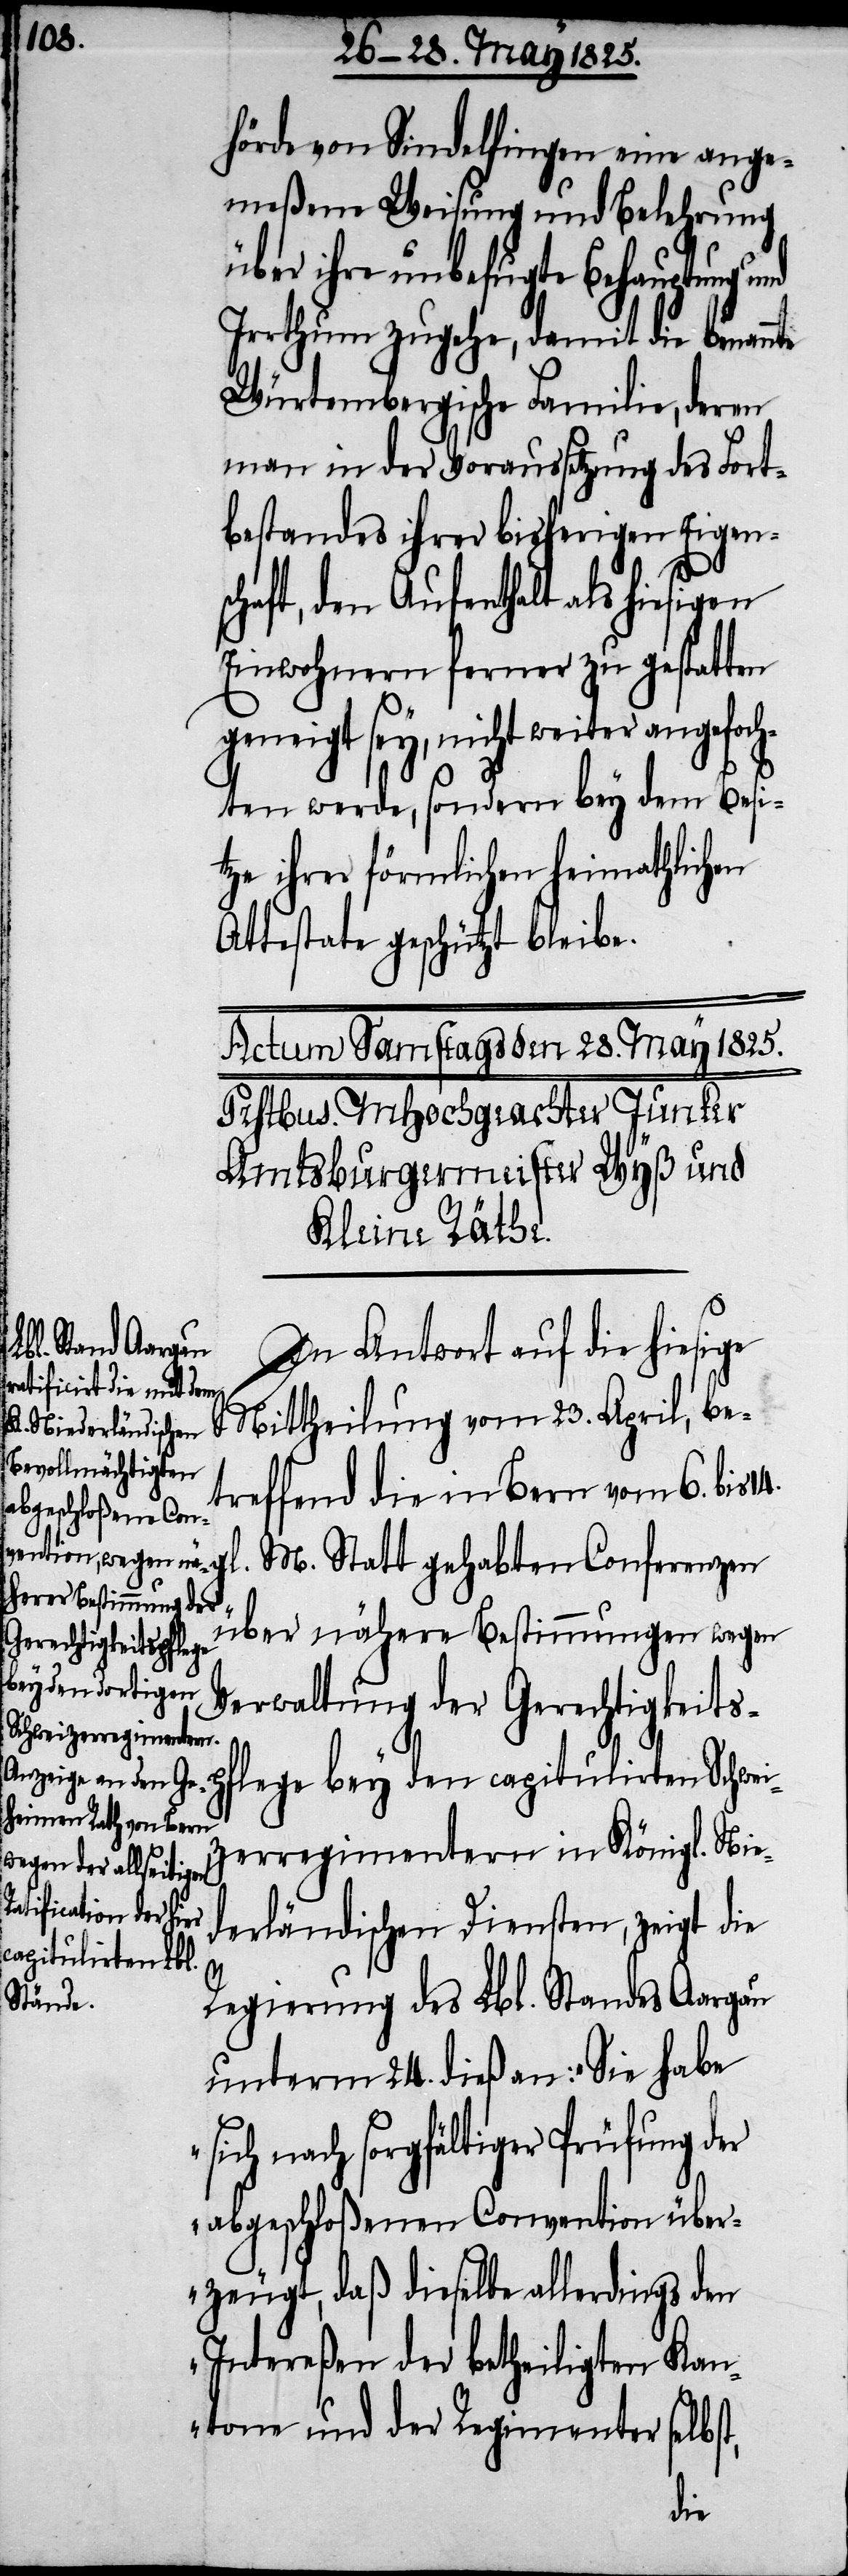
14.

hörde von Sindelfingen eine ange¬
meßene Weisung und Belehrung
über ihre unbefugte Behauptung und
Irrthum zugehe, damit die benannte
Würtembergische Familie, deren
man in der Voraussetzung des Fort¬
bestandes ihrer bisherigen Eigens¬
chaft, den Aufenthalt als hiesigen
Einwohnern ferner zu gestatten
geneigt sey, nicht weiter angefoch¬
ten werde, sondern bey dem Besi¬
tze ihres förmlichen heimathlichen
Attestate geschützt bleibe.
In Antwort auf die hiesige
Mittheilung vom 23. April, be¬
treffend die in Bern vom 6. bis
M. Statt gehabten Conferenzen
über nähere Bestimmungen wegen
Verwaltung der Gerechtigkeitsp¬
flege bey den capitulirten Schwei¬
zerregimentern im Königl. Nie¬
derländischen Diensten, zeigt, die
Regierung des Lbl. Standes Aargau
unterm 23. dieß an: „Sie habe
sich nach sorgfältiger Prüfung der
abgeschloßenen Convention über¬
zeugt, daß dieselbe allerdings den
Intereßen der betheiligten Kan¬
tone und der Regimenter
lbst,